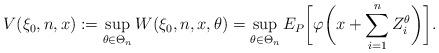
LaTeX: \begin{align*}V(\xi_0,n,x):=\sup_{\theta\in \Theta_n} W(\xi_0,n,x,\theta)=\sup_{\theta\in\Theta_n} E_P\biggl[\varphi\biggl(x+\sum_{i=1}^{n} Z_i^\theta\biggr)\biggr].\end{align*}